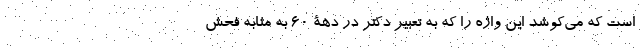
است که می‌کوشد این واژه را که به تعبیر دکتر در دهۀ 60 به مثابه فحش